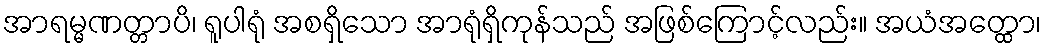
အာရမ္မဏတ္တာပိ၊ ရူပါရုံ အစရှိသော အာရုံရှိကုန်သည် အဖြစ်ကြောင့်လည်း။ အယံအတ္ထော၊